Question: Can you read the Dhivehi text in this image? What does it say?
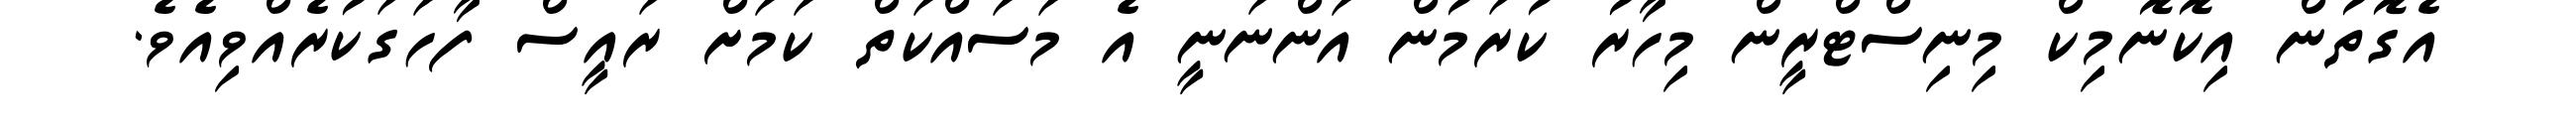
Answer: އެގޮތުން އިކޮނޮމިކް މިނިސްޓްރީން މިހާރު ކުރަމުން އަންނަނީ އެ މަސައްކަތް ކަމަށް ރައީސް ފާހަގަކުރެއްވިއެވެ.